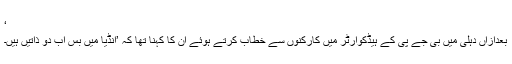
‘
بعدازاں دہلی میں بی جے پی کے ہیڈکوارٹر میں کارکنوں سے خطاب کرتے ہوئے ان کا کہنا تھا کہ ’انڈیا میں بس اب دو ذاتیں ہیں۔